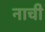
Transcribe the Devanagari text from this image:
नाची